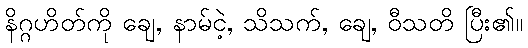
နိဂ္ဂဟိတ်ကို ချေ, နာမ်ငဲ့, သိသက်, ချေ, ဝီသတိ ပြီး၏။